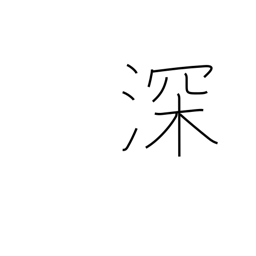
Meaning: strengthen